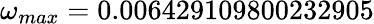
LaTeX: \omega_{max}=0.006429109800232905